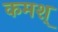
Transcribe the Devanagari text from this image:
कमश्